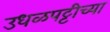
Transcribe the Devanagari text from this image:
उधळपट्टीच्या